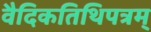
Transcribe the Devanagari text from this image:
वैदिकतिथिपत्रम्